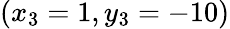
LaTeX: (x_{3}=1,y_{3}=-10)